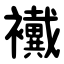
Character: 襶